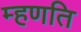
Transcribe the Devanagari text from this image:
म्हणति